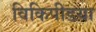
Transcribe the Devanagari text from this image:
विकिपीडया